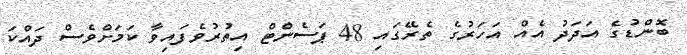
ބޮންޑުގެ އަދަދު އެއް އަހަރުގެ ތެރޭގައި 48 ޕަސެންޓް އިތުރުވެފައިވާ ކަމަށްވެސް ދައްކަ